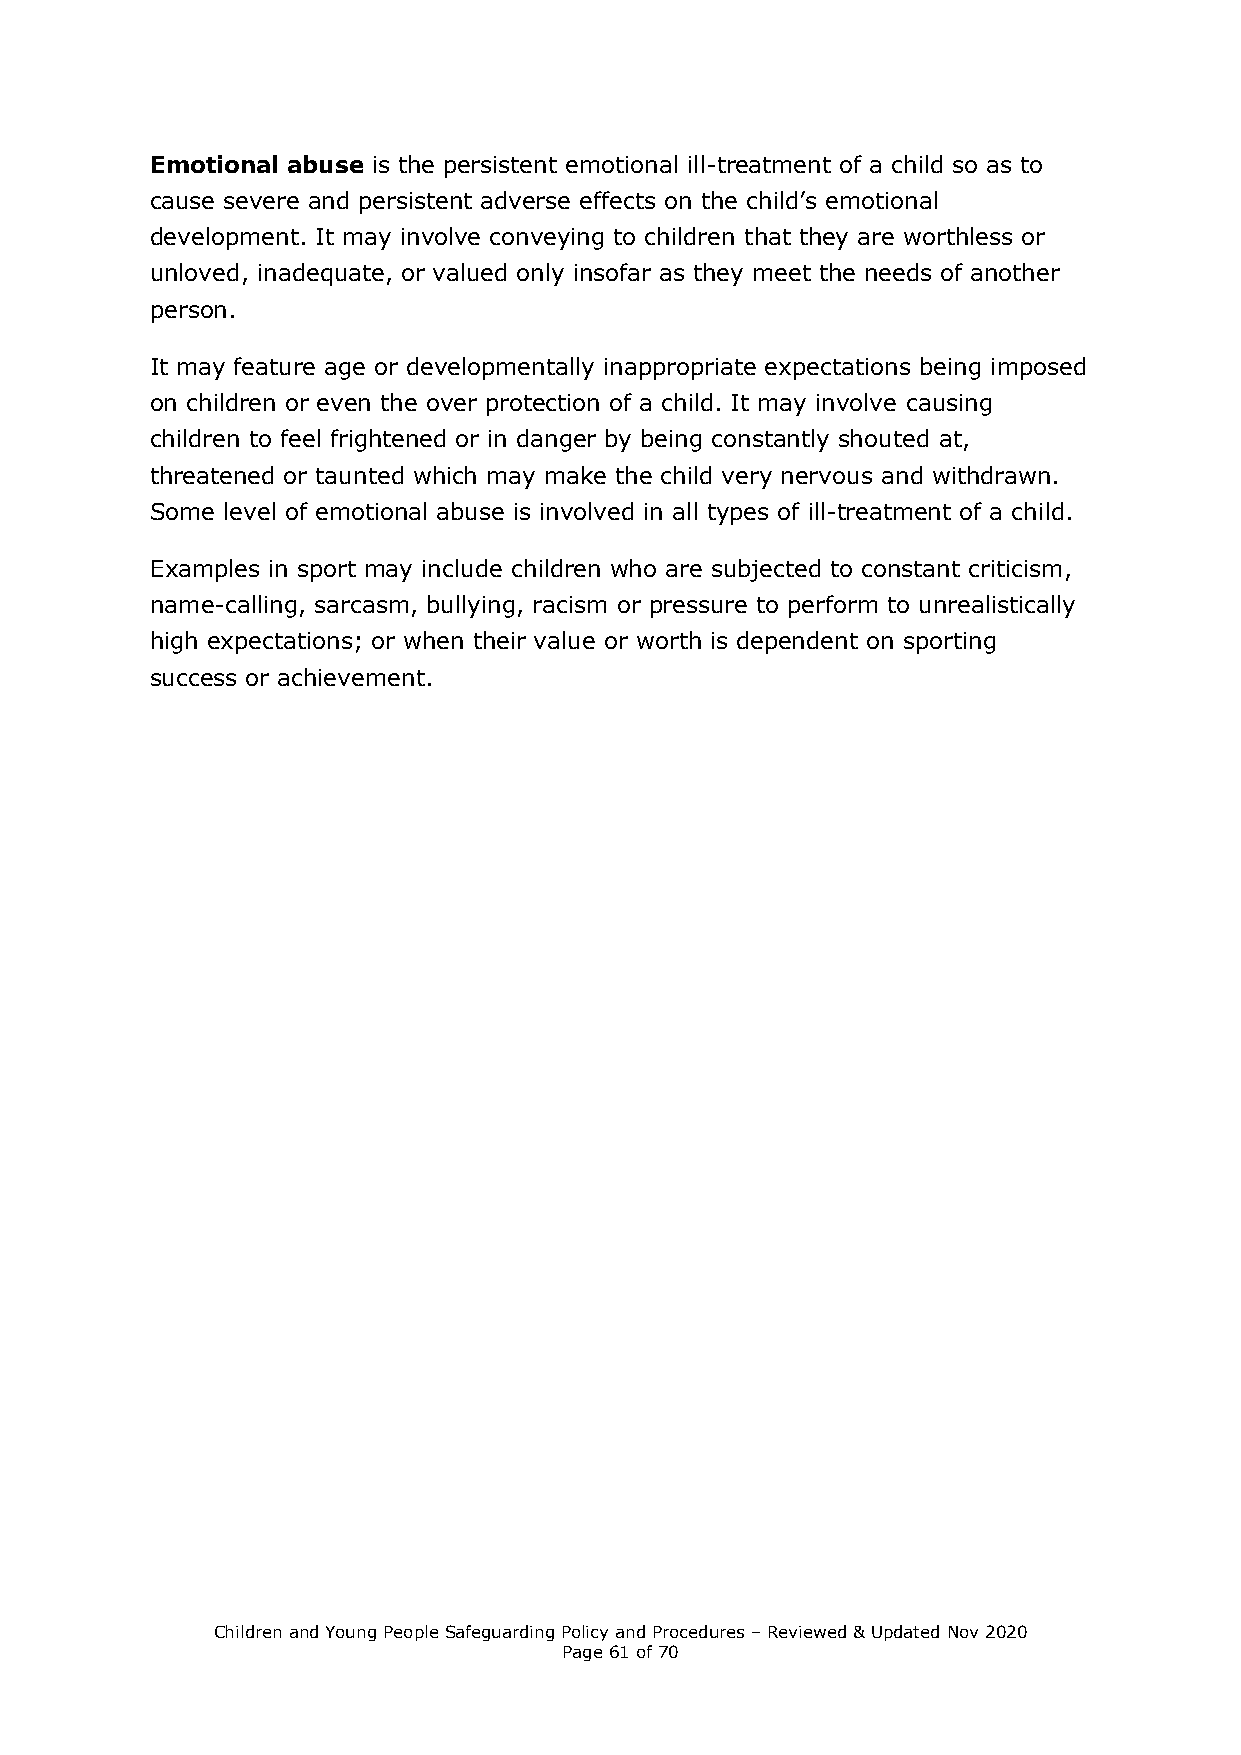
Emotional abuse is the persistent emotional ill-treatment of a child so as to
 cause severe and persistent adverse effects on the child’s emotional
 development. It may involve conveying to children that they are worthless or
 unloved, inadequate, or valued only insofar as they meet the needs of another
 person.
 It may feature age or developmentally inappropriate expectations being imposed
 on children or even the over protection of a child. It may involve causing
 children to feel frightened or in danger by being constantly shouted at,
 threatened or taunted which may make the child very nervous and withdrawn.
 Some level of emotional abuse is involved in all types of ill-treatment of a child.
 Examples in sport may include children who are subjected to constant criticism,
 name-calling, sarcasm, bullying, racism or pressure to perform to unrealistically
 high expectations; or when their value or worth is dependent on sporting
 success or achievement.
 Children and Young People Safeguarding Policy and Procedures – Reviewed & Updated Nov 2020
 Page 61 of 70